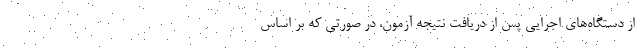
از دستگاه‌های اجرایی پس از دریافت نتیجه آزمون، در صورتی که بر اساس